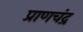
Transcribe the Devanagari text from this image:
प्राणचंद्र